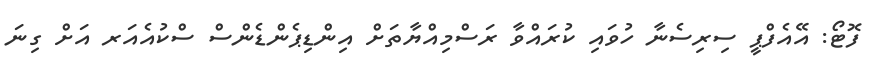
ފޮޓޯ: އޭއެފްޕީ ސިރިސެނާ ހުވައި ކުރައްވާ ރަސްމިއްޔާތަށް އިންޑިޕެންޑެންސް ސްކުއެއަރ އަށް ގިނަ